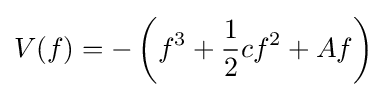
V(f)=-\left(f^{3}+{\frac {1}{2}}cf^{2}+Af\right)